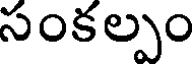
సంకల్పం